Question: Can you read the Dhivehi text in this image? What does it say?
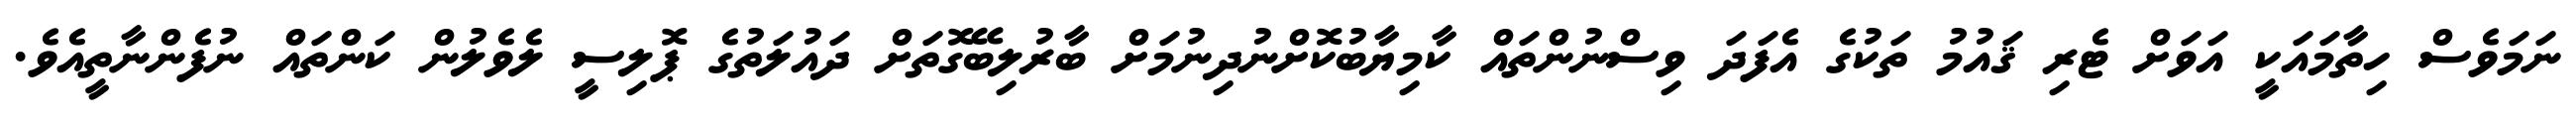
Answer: ނަމަވެސް ހިތާމައަކީ އަވަށް ޓެރި ޤައުމު ތަކުގެ އެފަދަ ވިސްނުންތައް ކާމިޔާބުކޮށްނުދިނުމަށް ބާރުލިބޭގޮތަށް ދައުލަތުގެ ޕޮލިސީ ލެވެލުން ކަންތައް ނުފެންނާތީއެވެ.